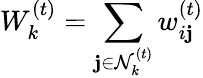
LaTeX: W_{k}^{(t)}=\sum_{\mathbf{j}\in\mathcal{{N}}_{k}^{(t)}}w_{i\mathbf{j}}^{(t)}